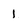
Character: 1